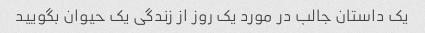
یک داستان جالب در مورد یک روز از زندگی یک حیوان بگویید